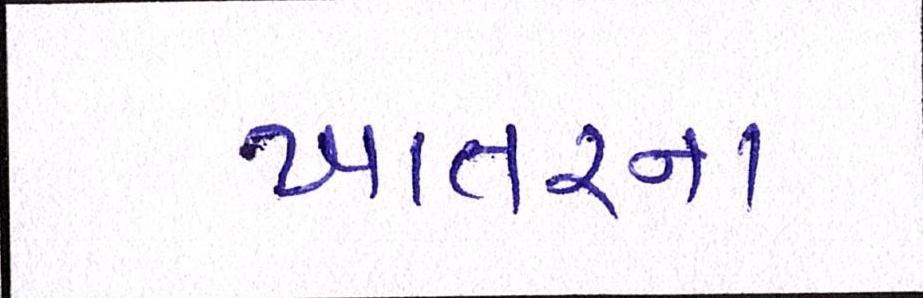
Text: ખાતરના